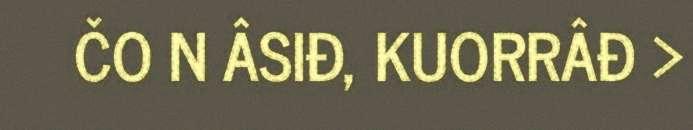
ČO N ÂSIĐ, KUORRÂĐ >